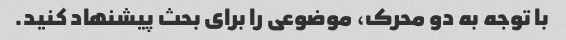
با توجه به دو محرک، موضوعی را برای بحث پیشنهاد کنید.